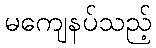
မကျေနပ်သည့်